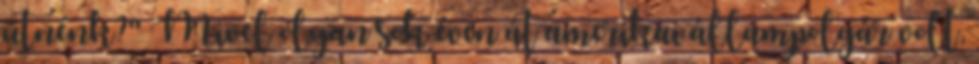
ütnénk?" Mivel olyan sok éven át amerikai állampolgár volt,